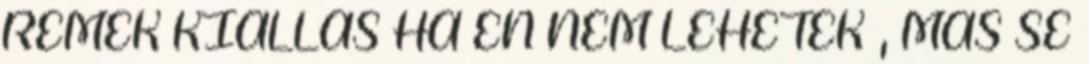
REMEK KIÁLLÁS HA ÉN NEM LEHETEK , MÁS SE